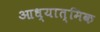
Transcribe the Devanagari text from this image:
आध्‍यात्मिक